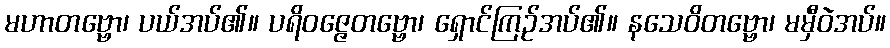
မဟာတဗ္ဗော၊ ပယ်အပ်၏။ ပရိဝဇ္ဇေတဗ္ဗော၊ ရှောင်ကြဉ်အပ်၏။ နသေဝိတဗ္ဗော၊ မမှီဝဲအပ်။